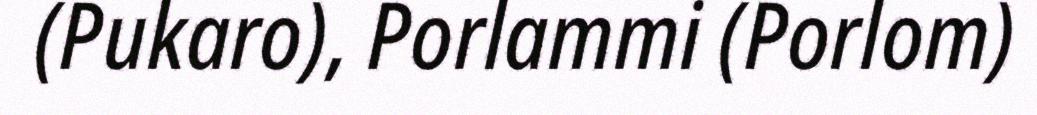
(Pukaro), Porlammi (Porlom)